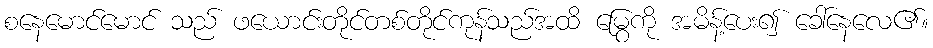
စနေမောင်မောင် သည် ဖယောင်းတိုင်တစ်တိုင်ကုန်သည်အထိ မြွေကို အမိန့်ပေး၍ ခေါ်နေလေ၏။